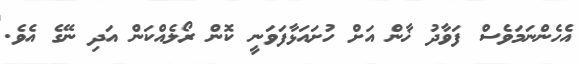
އެހެންނަމަވެސް ފަވާދު ޚާން އަށް ހުށައަޅާފަވަނީ ކޮން ރޯލެއްކަން އަދި ނޭގެ އެެވެ.